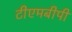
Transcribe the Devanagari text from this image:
टीएमबीपी